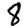
Digit: 8